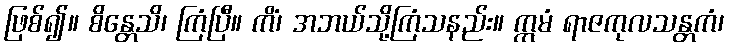
ဖြစ်၍။ စိန္တေသိ၊ ကြံပြီ။ ကိံ၊ အဘယ်သို့ကြံသနည်း။ ဣမံ ရာဇကုလသန္တကံ၊